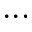
. . .